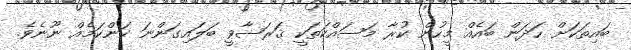
ބައިތަކަށް ހަދަން ބައެއް މީހުން ކުރާ މަސައްކަތަކީ ޤަރަޟާވީ ބަލައިގަންނަ ކަންކަމެއް ނޫނެވެ.